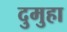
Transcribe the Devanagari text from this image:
दुमुहा